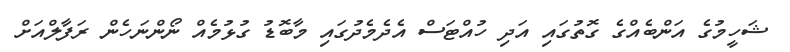
ޝަހީމުގެ އަންބެއްގެ ގޮތުގައި އަދި ހުއްޓަސް އެދެމެދުގައި މާބޮޑު ގުޅުމެއް ނޯންނަހެން ރަފާލްއަށް